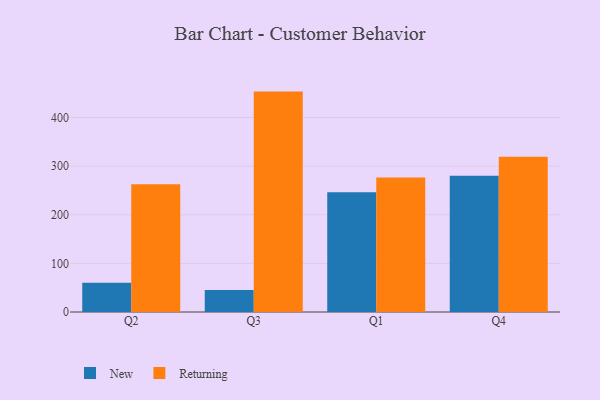
{"axis": {"x": "Quarter", "y": "Backlog"}, "legend": ["New", "Returning"], "data": [{"x": "Q2", "y": 60.2, "type": "New"}, {"x": "Q2", "y": 262.6, "type": "Returning"}, {"x": "Q3", "y": 45.3, "type": "New"}, {"x": "Q3", "y": 453.3, "type": "Returning"}, {"x": "Q1", "y": 246.1, "type": "New"}, {"x": "Q1", "y": 276.4, "type": "Returning"}, {"x": "Q4", "y": 280.4, "type": "New"}, {"x": "Q4", "y": 319.2, "type": "Returning"}]}